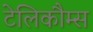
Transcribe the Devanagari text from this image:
टेलिकौम्स